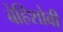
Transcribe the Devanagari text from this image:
बेहिशोबी